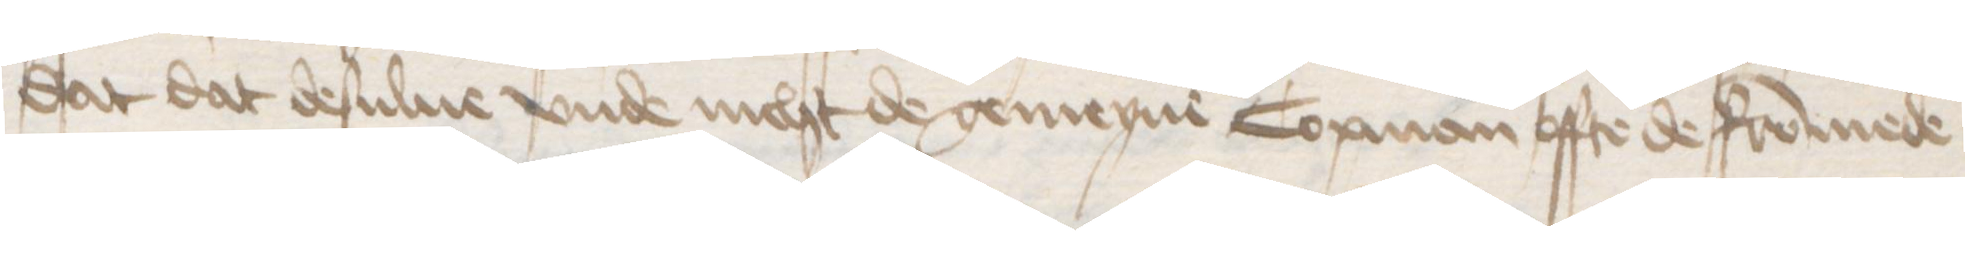
dat dat desulue vnde nicht de gemeyne Copman offte de frommede